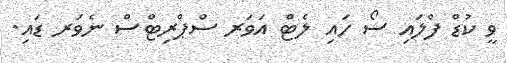
ވީ ކުޑް ފްލައި ސޯ ހައި ލެޓް އަވަރ ސްޕްރިޓްސް ނެވަރ ޑައި.